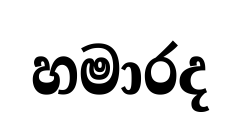
හමාරද